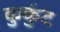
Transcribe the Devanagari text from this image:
कुर्कुट